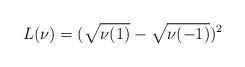
\begin{align*} L(\nu)=(\sqrt{\nu(1)}-\sqrt{\nu(-1)})^{2}\end{align*}